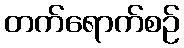
တက်ရောက်စဉ်